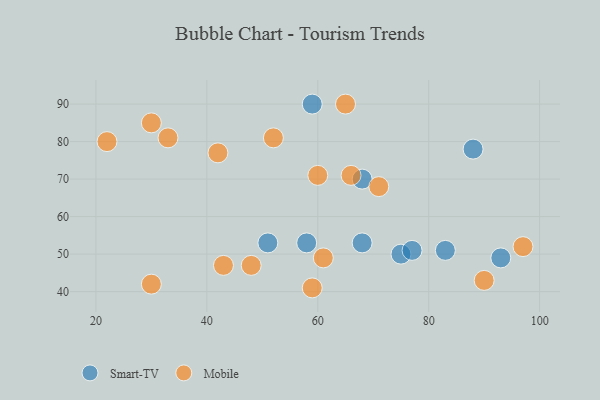
{"axis": {"x": "GDP", "y": "Life Expectancy"}, "legend": ["Mobile", "Smart-TV"], "data": [{"x": "88", "y": 78, "type": "Smart-TV"}, {"x": "75", "y": 50, "type": "Smart-TV"}, {"x": "83", "y": 51, "type": "Smart-TV"}, {"x": "77", "y": 51, "type": "Smart-TV"}, {"x": "93", "y": 49, "type": "Smart-TV"}, {"x": "68", "y": 53, "type": "Smart-TV"}, {"x": "58", "y": 53, "type": "Smart-TV"}, {"x": "68", "y": 70, "type": "Smart-TV"}, {"x": "59", "y": 90, "type": "Smart-TV"}, {"x": "51", "y": 53, "type": "Smart-TV"}, {"x": "22", "y": 80, "type": "Mobile"}, {"x": "48", "y": 47, "type": "Mobile"}, {"x": "30", "y": 42, "type": "Mobile"}, {"x": "61", "y": 49, "type": "Mobile"}, {"x": "30", "y": 85, "type": "Mobile"}, {"x": "60", "y": 71, "type": "Mobile"}, {"x": "97", "y": 52, "type": "Mobile"}, {"x": "90", "y": 43, "type": "Mobile"}, {"x": "42", "y": 77, "type": "Mobile"}, {"x": "59", "y": 41, "type": "Mobile"}, {"x": "52", "y": 81, "type": "Mobile"}, {"x": "33", "y": 81, "type": "Mobile"}, {"x": "43", "y": 47, "type": "Mobile"}, {"x": "71", "y": 68, "type": "Mobile"}, {"x": "65", "y": 90, "type": "Mobile"}, {"x": "66", "y": 71, "type": "Mobile"}]}